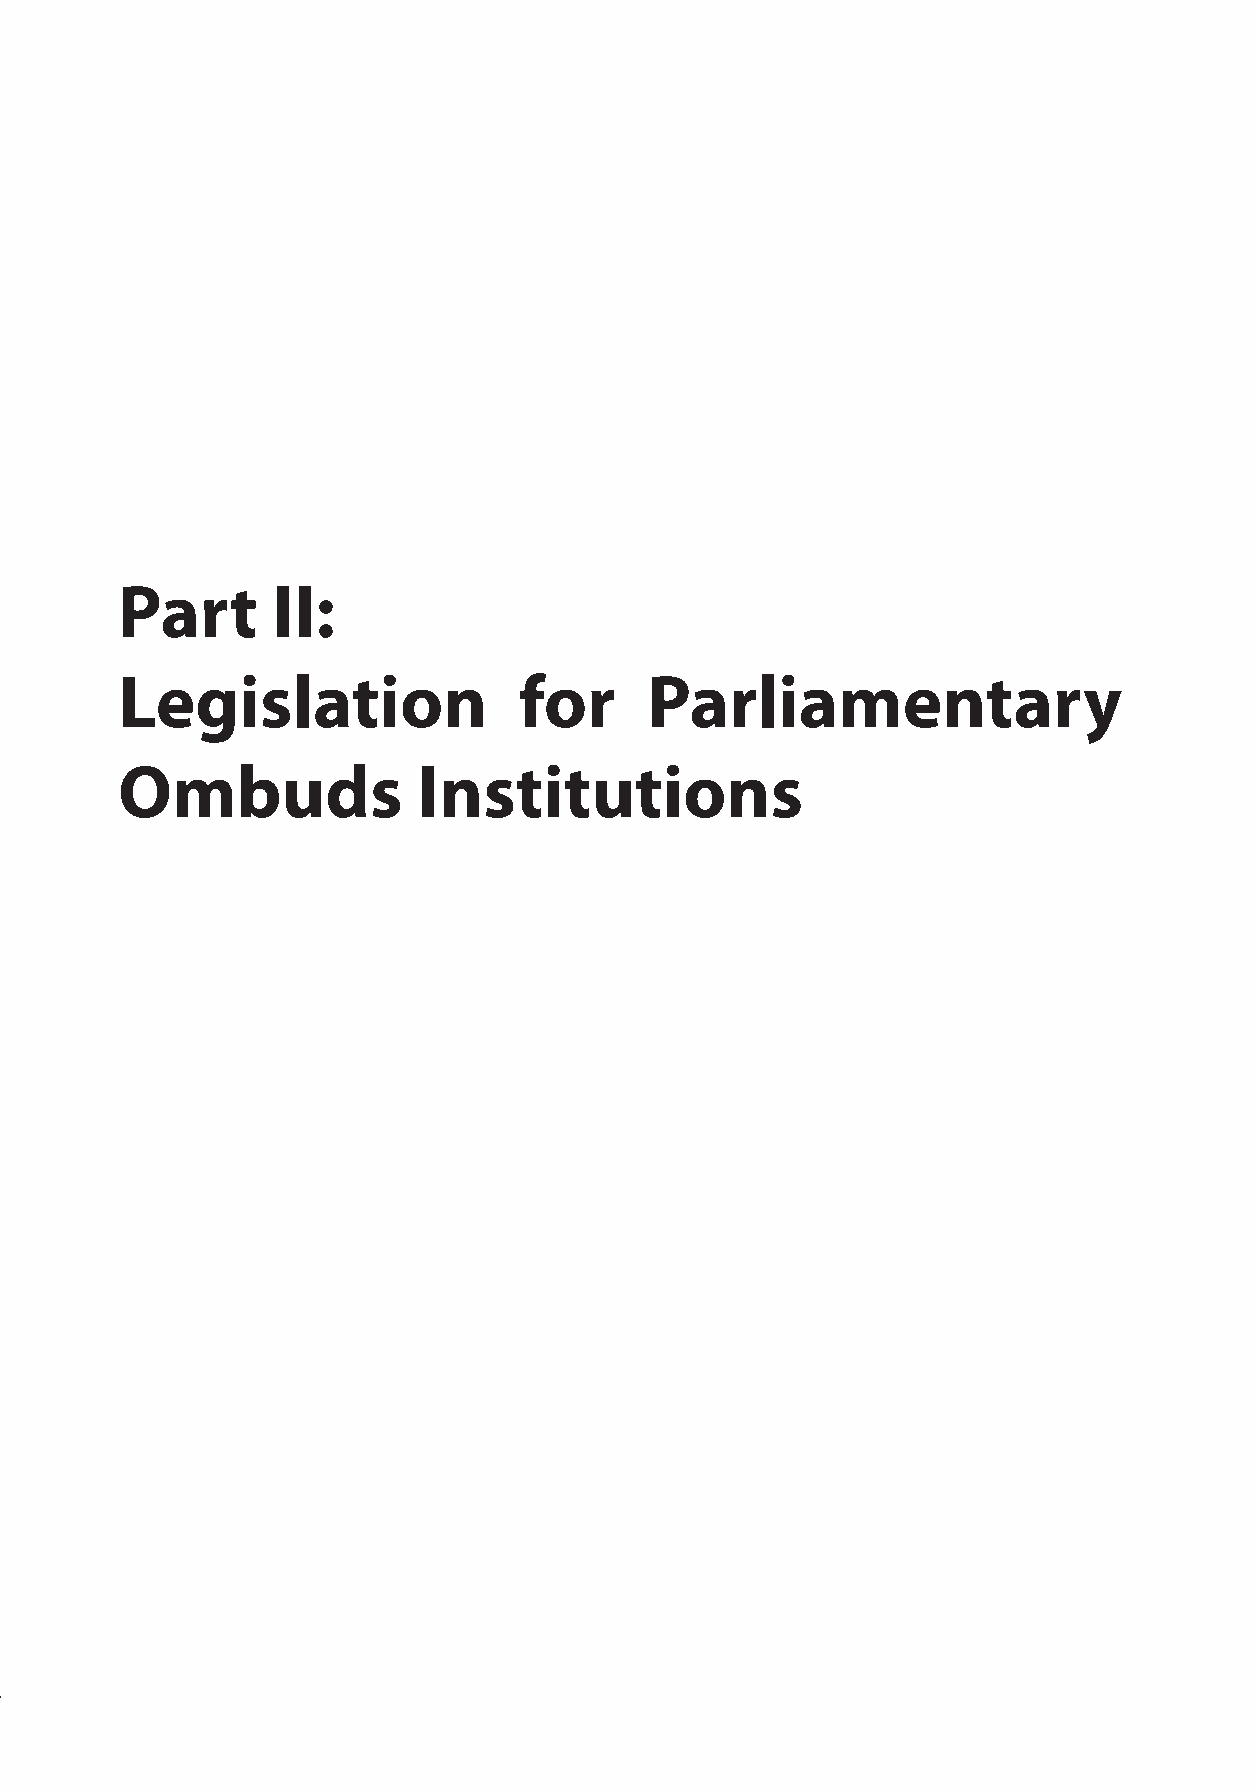
International References for the Establishment of Ombuds Institutions
 Part      II:
 Legislation               for      Parliamentary
 Ombuds              Institutions
 13